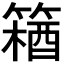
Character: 𫂘